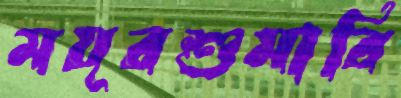
ময়ূরশুমারি